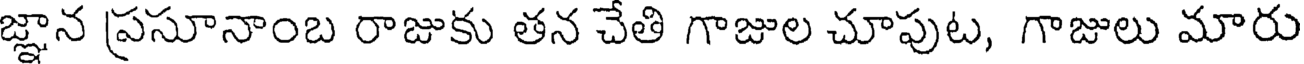
జ్ఞాన ప్రసూనాంబ రాజుకు తన చేతి గాజుల చూపుట, గాజులు మారు